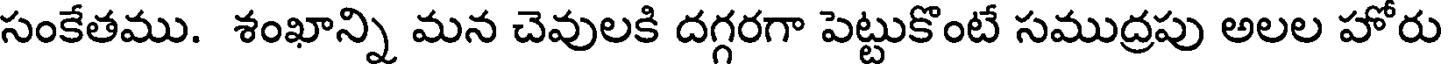
సంకేతము. శంఖాన్ని మన చెవులకి దగ్గరగా పెట్టుకొంటే సముద్రపు అలల హోరు